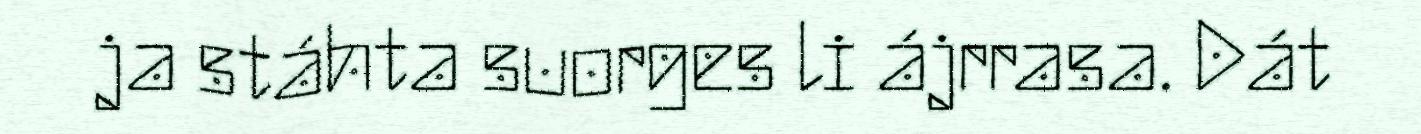
ja stáhta suorges li ájrrasa. Dát